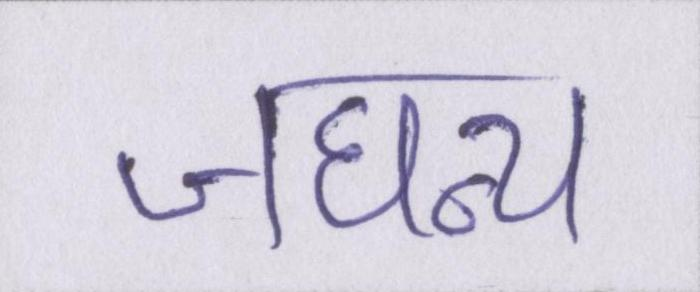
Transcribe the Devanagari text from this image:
जघन्य